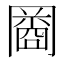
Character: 𠕬